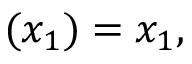
( x _ { 1 } ) = x _ { 1 } ,